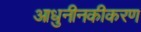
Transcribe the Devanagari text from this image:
आधुनीनकीकरण